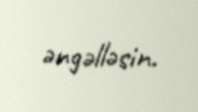
əngəlləsin.